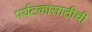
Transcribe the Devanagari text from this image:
पर्यटकांसाठीची